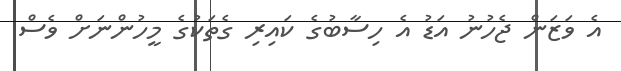
އެ ވަޒަން ޖެހުނު އަޑު އެ ހިސާބުގެ ކައިރި ގެތަކުގެ މީހުންނަށް ވެސް